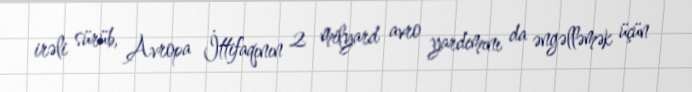
irəli sürüb, Avropa İttifaqının 2 milyard avro yardımını da əngəlləmək üçün